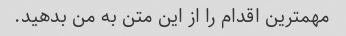
مهمترین اقدام را از این متن به من بدهید.